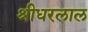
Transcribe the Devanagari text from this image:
श्रीधरलाल